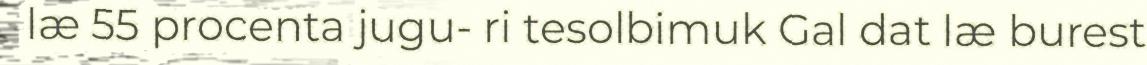
læ 55 procenta jugu- ri tesolbimuk Gal dat læ burest